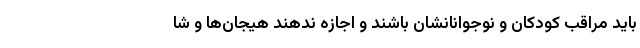
باید مراقب کودکان و نوجوانانشان باشند و اجازه ندهند هیجان‌ها و شا